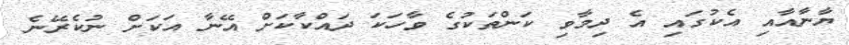
ޔާނާއާއި އެކުގައި އެ ދިމާވި ކަންތަކުގެ ވާހަކަ ދައްކާކަށް އޭނާ އަކަށް ނުކެރޭނެ